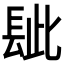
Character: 𨱲